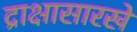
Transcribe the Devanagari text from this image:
द्राक्षासारखे